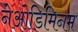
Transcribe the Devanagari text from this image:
नेओडिमिनम